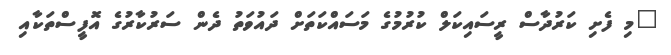
"މި ފެށި ކަރުދާސް ރީސައިކަލް ކުރުމުގެ މަސައްކަތަށް ދައުވަތު ދެން ސަރުކާރުގެ އޮފީސްތަކާއި